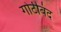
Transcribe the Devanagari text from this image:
गोटीबंद